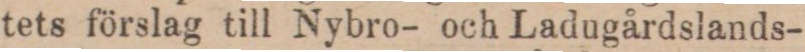
tets förslag till Nybro- och Ladugårdslands-